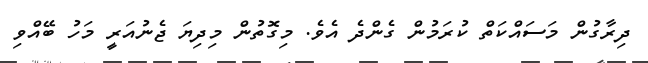
ދިރާގުން މަސައްކަތް ކުރަމުން ގެންދެ އެވެ. މިގޮތުން މިދިޔަ ޖެނުއަރީ މަހު ބޭއްވި